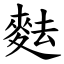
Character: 麮